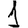
Digit: 1